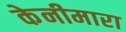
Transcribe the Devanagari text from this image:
केनीमारा